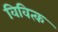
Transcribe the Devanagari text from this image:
विवित्क